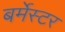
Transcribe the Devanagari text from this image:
बर्मेस्टर